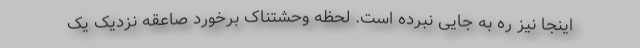
اینجا نیز ره به جایی نبرده است. لحظه وحشتناک برخورد صاعقه نزدیک یک